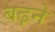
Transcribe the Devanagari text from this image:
बढ़़ने